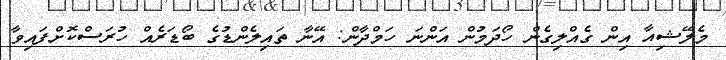
މެލޭޝިއާ އިން ގެއްލިގެން ހޯދަމުން އަންނަ ހަމްދާން: އޭނާ ތައިލެންޑުގެ ބޯޑަރެއް ހުރަސްކޮށްފައިވާ